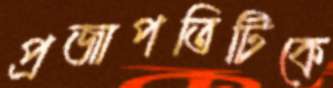
প্রজাপতিটিকে